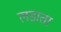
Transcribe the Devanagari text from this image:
लडाता